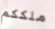
ملككم